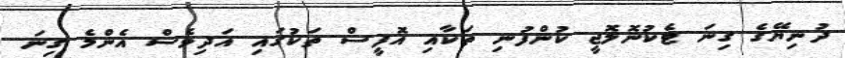
ދުނިޔޭގެ ގިނަ ޓެކުނޮލޮޖީ ކުންފުނި ތަކާއި އޮފީސް ތަކުގައި އަދިވެސް އެންމެ ގިނަ